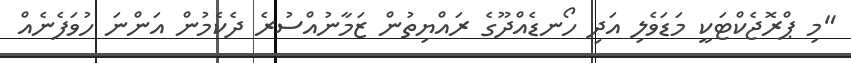
"މި ޕްރޮޖެކްޓަކީ މަޑަވެލި އަދި ހޯނޑެއްދޫގެ ރައްޔިތުން ޒަމާނުއްސުރެ ދެކެމުން އަންނަ ހުވަފެނެއް